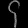
Digit: ၄